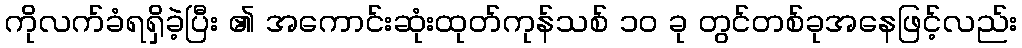
ကိုလက်ခံရရှိခဲ့ပြီး ၏ အကောင်းဆုံးထုတ်ကုန်သစ် ၁၀ ခု တွင်တစ်ခုအနေဖြင့်လည်း